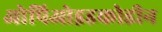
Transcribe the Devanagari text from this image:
ओपिओइडकोडीन